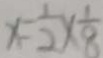
x = \frac { 1 } { 2 } \times \frac { 1 } { 8 }